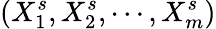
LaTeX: (X_{1}^{s},X_{2}^{s},\cdots,X_{m}^{s})